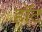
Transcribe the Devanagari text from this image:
हाॅट